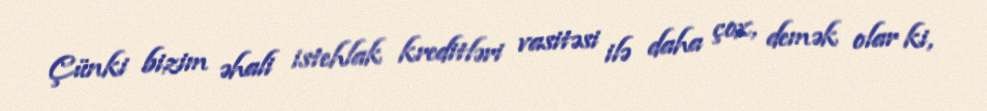
Çünki bizim əhali istehlak kreditləri vasitəsi ilə daha çox, demək olar ki,